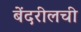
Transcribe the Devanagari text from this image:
बेंदरीलची